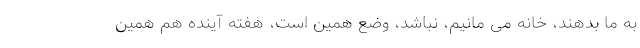
به ما بدهند، خانه می مانیم، نباشد، وضع همین است، هفته آینده هم همین